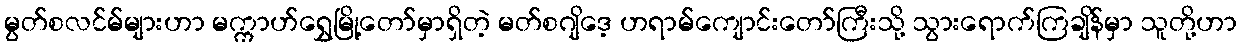
မွတ်စလင်မ်များဟာ မက္ကာဟ်ရွှေမြို့တော်မှာရှိတဲ့ မတ်စဂျိဒေ့ ဟရာမ်ကျောင်းတော်ကြီးသို့ သွားရောက်ကြချိန်မှာ သူတို့ဟာ